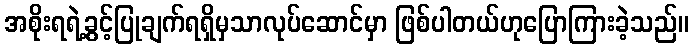
အစိုးရရဲ့ခွင့်ပြုချက်ရရှိမှသာလုပ်ဆောင်မှာ ဖြစ်ပါတယ်ဟုပြောကြားခဲ့သည်။